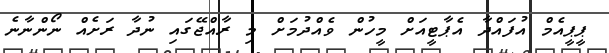
ޕީޕީއެމް އުފައްދާ އެޕާޓީއަށް މީހުން ވެއްދުމަށް މި ރާއްޖޭގައި ނުދާ ރަށެއް ނޯންނާނެ